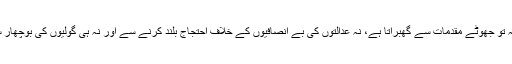
وہ نہ تو جھوٹے مقدمات سے گھبراتا ہے، نہ عدالتوں کی بے انصافیوں کے خلاف احتجاج بلند کرنے سے اور نہ ہی گولیوں کی بوچھار سے۔